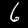
Digit: 6